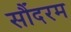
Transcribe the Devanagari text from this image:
सौंदरम